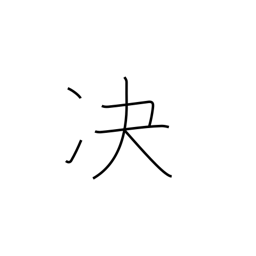
Meaning: decide